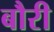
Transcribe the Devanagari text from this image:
बौरी